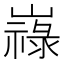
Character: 𡽋